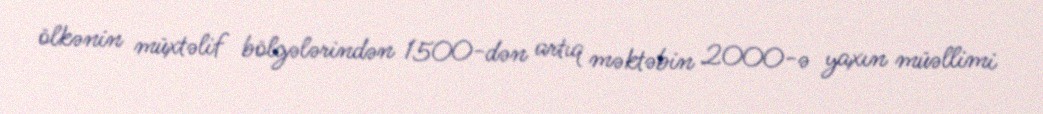
ölkənin müxtəlif bölgələrindən 1500-dən artıq məktəbin 2000-ə yaxın müəllimi